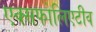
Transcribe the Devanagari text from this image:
एक्सफोलिएटीव